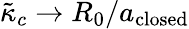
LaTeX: \tilde{\kappa}_{c}\rightarrow R_{0}/a_{\mathrm{closed}}